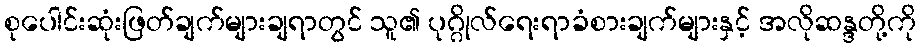
စုပေါင်းဆုံးဖြတ်ချက်များချရာတွင် သူ၏ ပုဂ္ဂိုလ်ရေးရာခံစားချက်များနှင့် အလိုဆန္ဒတို့ကို